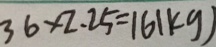
3 6 \times 2 . 2 5 = ( 6 1 k g )